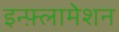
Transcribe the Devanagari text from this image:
इन्फ़्लामेशन